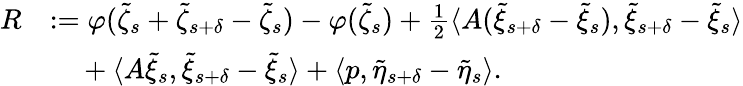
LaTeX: \begin{array}{rl}{R}&{:=\varphi(\tilde{\zeta}_{s}+\tilde{\zeta}_{s+\delta}-\tilde{\zeta}_{s})-\varphi(\tilde{\zeta}_{s})+\frac{1}{2}\langle A(\tilde{\xi}_{s+\delta}-\tilde{\xi}_{s}),\tilde{\xi}_{s+\delta}-\tilde{\xi}_{s}\rangle}\\ &{\mathrm{~\ ~\ }+\langle A\tilde{\xi}_{s},\tilde{\xi}_{s+\delta}-\tilde{\xi}_{s}\rangle+\langle p,\tilde{\eta}_{s+\delta}-\tilde{\eta}_{s}\rangle.}\end{array}